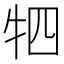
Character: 牭